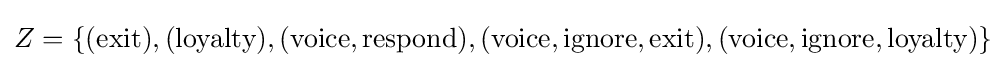
Z=\{({\text{exit}}),({\text{loyalty}}),({\text{voice}},{\text{respond}}),({\text{voice}},{\text{ignore}},{\text{exit}}),({\text{voice}},{\text{ignore}},{\text{loyalty}})\}